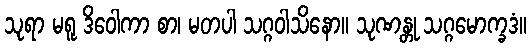
သုရာ မရူ ဒိဝေါကာ စာ၊ မတပါ သဂ္ဂဝါသိနော။ သုဏန္တု သဂ္ဂမောက္ခဒံ။